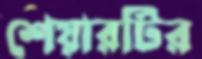
শেয়ারটির